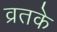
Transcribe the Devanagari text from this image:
व्रतके